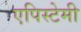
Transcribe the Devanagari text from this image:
एपिस्टेमी